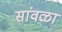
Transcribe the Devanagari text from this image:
सांवळा